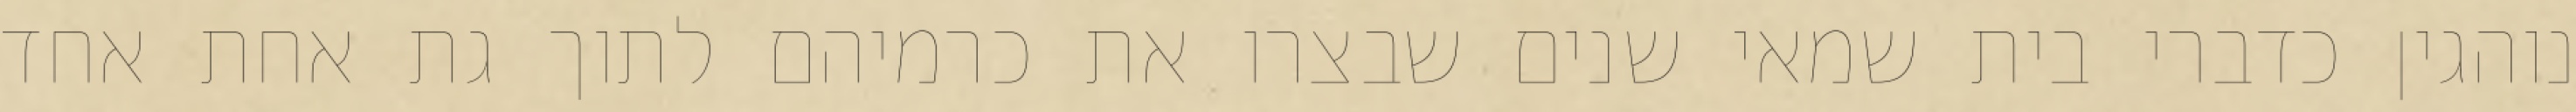
נוהגין כדברי בית שמאי שנים שבצרו את כרמיהם לתוך גת אחת אחד